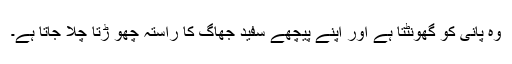
وہ پانی کو گھونٹتا ہے اور اپنے پیچھے سفید جھاگ کا راستہ چھو ڑتا چلا جاتا ہے۔